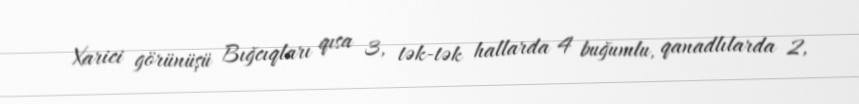
Xarici görünüşü Bığcıqları qısa 3, tək-tək hallarda 4 buğumlu, qanadlılarda 2,